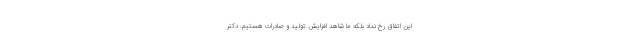
این اتفاق رخ نداد بلکه ما شاهد افزایش تولید و صادرات هستیم. دکتر